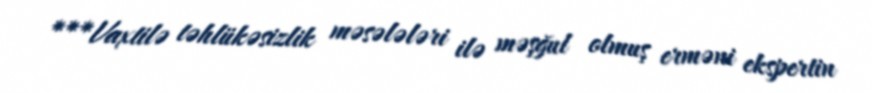
***Vaxtilə təhlükəsizlik məsələləri ilə məşğul olmuş erməni ekspertin